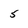
Character: 5